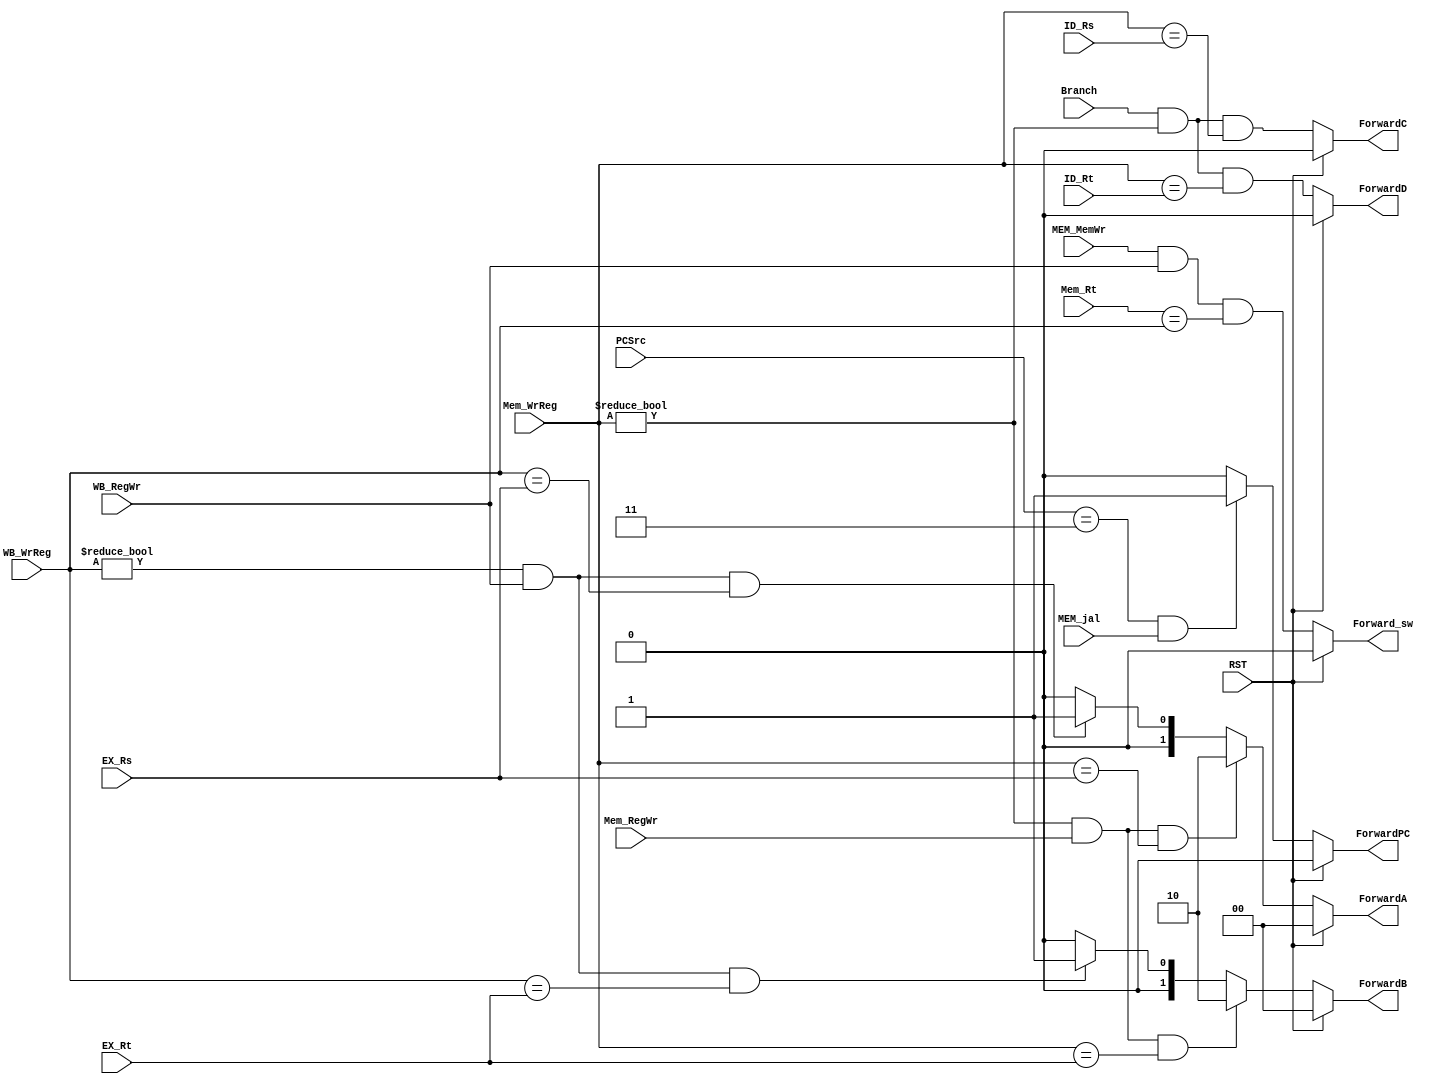
module Forward(
  RST,
  Mem_RegWr,Mem_WrReg,
  EX_Rs,EX_Rt,
  WB_RegWr,WB_WrReg,
  Branch,  MEM_jal,
  ID_Rs, ID_Rt,
  MEM_MemWr,Mem_Rt, PCSrc,
  ForwardA, ForwardB,
  ForwardC, ForwardD,
  ForwardPC, Forward_sw 
);

  input RST;
  input Mem_RegWr;
  input [4:0]Mem_WrReg;
  input [4:0]EX_Rs;
  input [4:0]EX_Rt;
  input WB_RegWr;
  input [4:0]WB_WrReg;
  input Branch;
  input [4:0]ID_Rs;
  input [4:0]ID_Rt;
  input MEM_jal;
  input [2:0]PCSrc;
  input MEM_MemWr;
  input [4:0] Mem_Rt;

  output reg [1:0] ForwardA;
  output reg [1:0] ForwardB;
  output reg ForwardC;
  output reg ForwardD;
  output reg ForwardPC;
  output reg Forward_sw;

always @(*) begin
  if (RST) begin
    ForwardA <= 2'b00;
    ForwardB <= 2'b00;
    ForwardC <= 0;
    ForwardD <= 0;
    Forward_sw <= 0;
    ForwardPC <= 0;
  end
  else begin
    //ALUSrc1
    if (Mem_WrReg!=0 && Mem_RegWr && (Mem_WrReg==EX_Rs)) ForwardA <= 2'b10;
    else if (WB_WrReg!=0 && WB_RegWr && (WB_WrReg==EX_Rs)) ForwardA <= 2'b01;
    else ForwardA <= 2'b00;
 
    //ALUSrc2
    if (Mem_WrReg!=0 && Mem_RegWr && (Mem_WrReg==EX_Rt)) ForwardB <= 2'b10;
    else if (WB_WrReg!=0 && WB_RegWr && (WB_WrReg==EX_Rt)) ForwardB <= 2'b01;
    else ForwardB <= 2'b00;

    //Register_File1
    ForwardC <= (Branch && (Mem_WrReg!=0) && (Mem_WrReg==ID_Rs));

    //Register_File2
    ForwardD <= (Branch && (Mem_WrReg!=0) && (Mem_WrReg==ID_Rt));

    //jal-jrPC
    ForwardPC <=(PCSrc==3 && MEM_jal==1) ?1:0;

    //write-store
    Forward_sw <= (MEM_MemWr && WB_RegWr && (Mem_Rt == WB_WrReg));
  end
end

endmodule